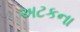
અટકના